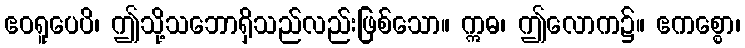
ဧဝရူပေပိ၊ ဤသို့သဘောရှိသည်လည်းဖြစ်သော။ ဣဓ၊ ဤလောက၌။ ဧကစ္စော၊